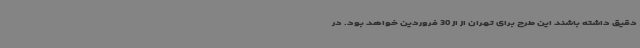
دقیق داشته باشند این طرح برای تهران از از 30 فروردین خواهد بود. در